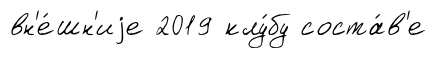
вн'е́шн'иjе 2019 клу́бу соста́в'е